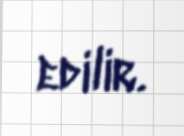
edilir.